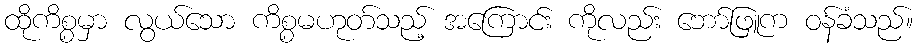
ထိုကိစ္စမှာ လွယ်သော ကိစ္စမဟုတ်သည့် အကြောင်း ကိုလည်း ဘော်ဖြူက ဝန်ခံသည်။